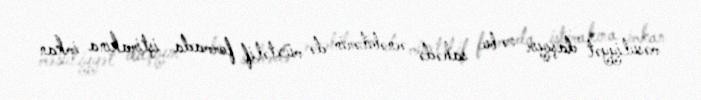
məsuliyyət daşıyır və bu sahədə əcnəbilərin də müxtəlif formada iştirakına imkan